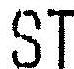
ST